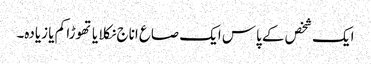
ایک شخص کے پاس ایک صاع اناج نکلا یا تھوڑا کم یا زیادہ۔